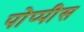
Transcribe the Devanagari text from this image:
पोप्पीेस